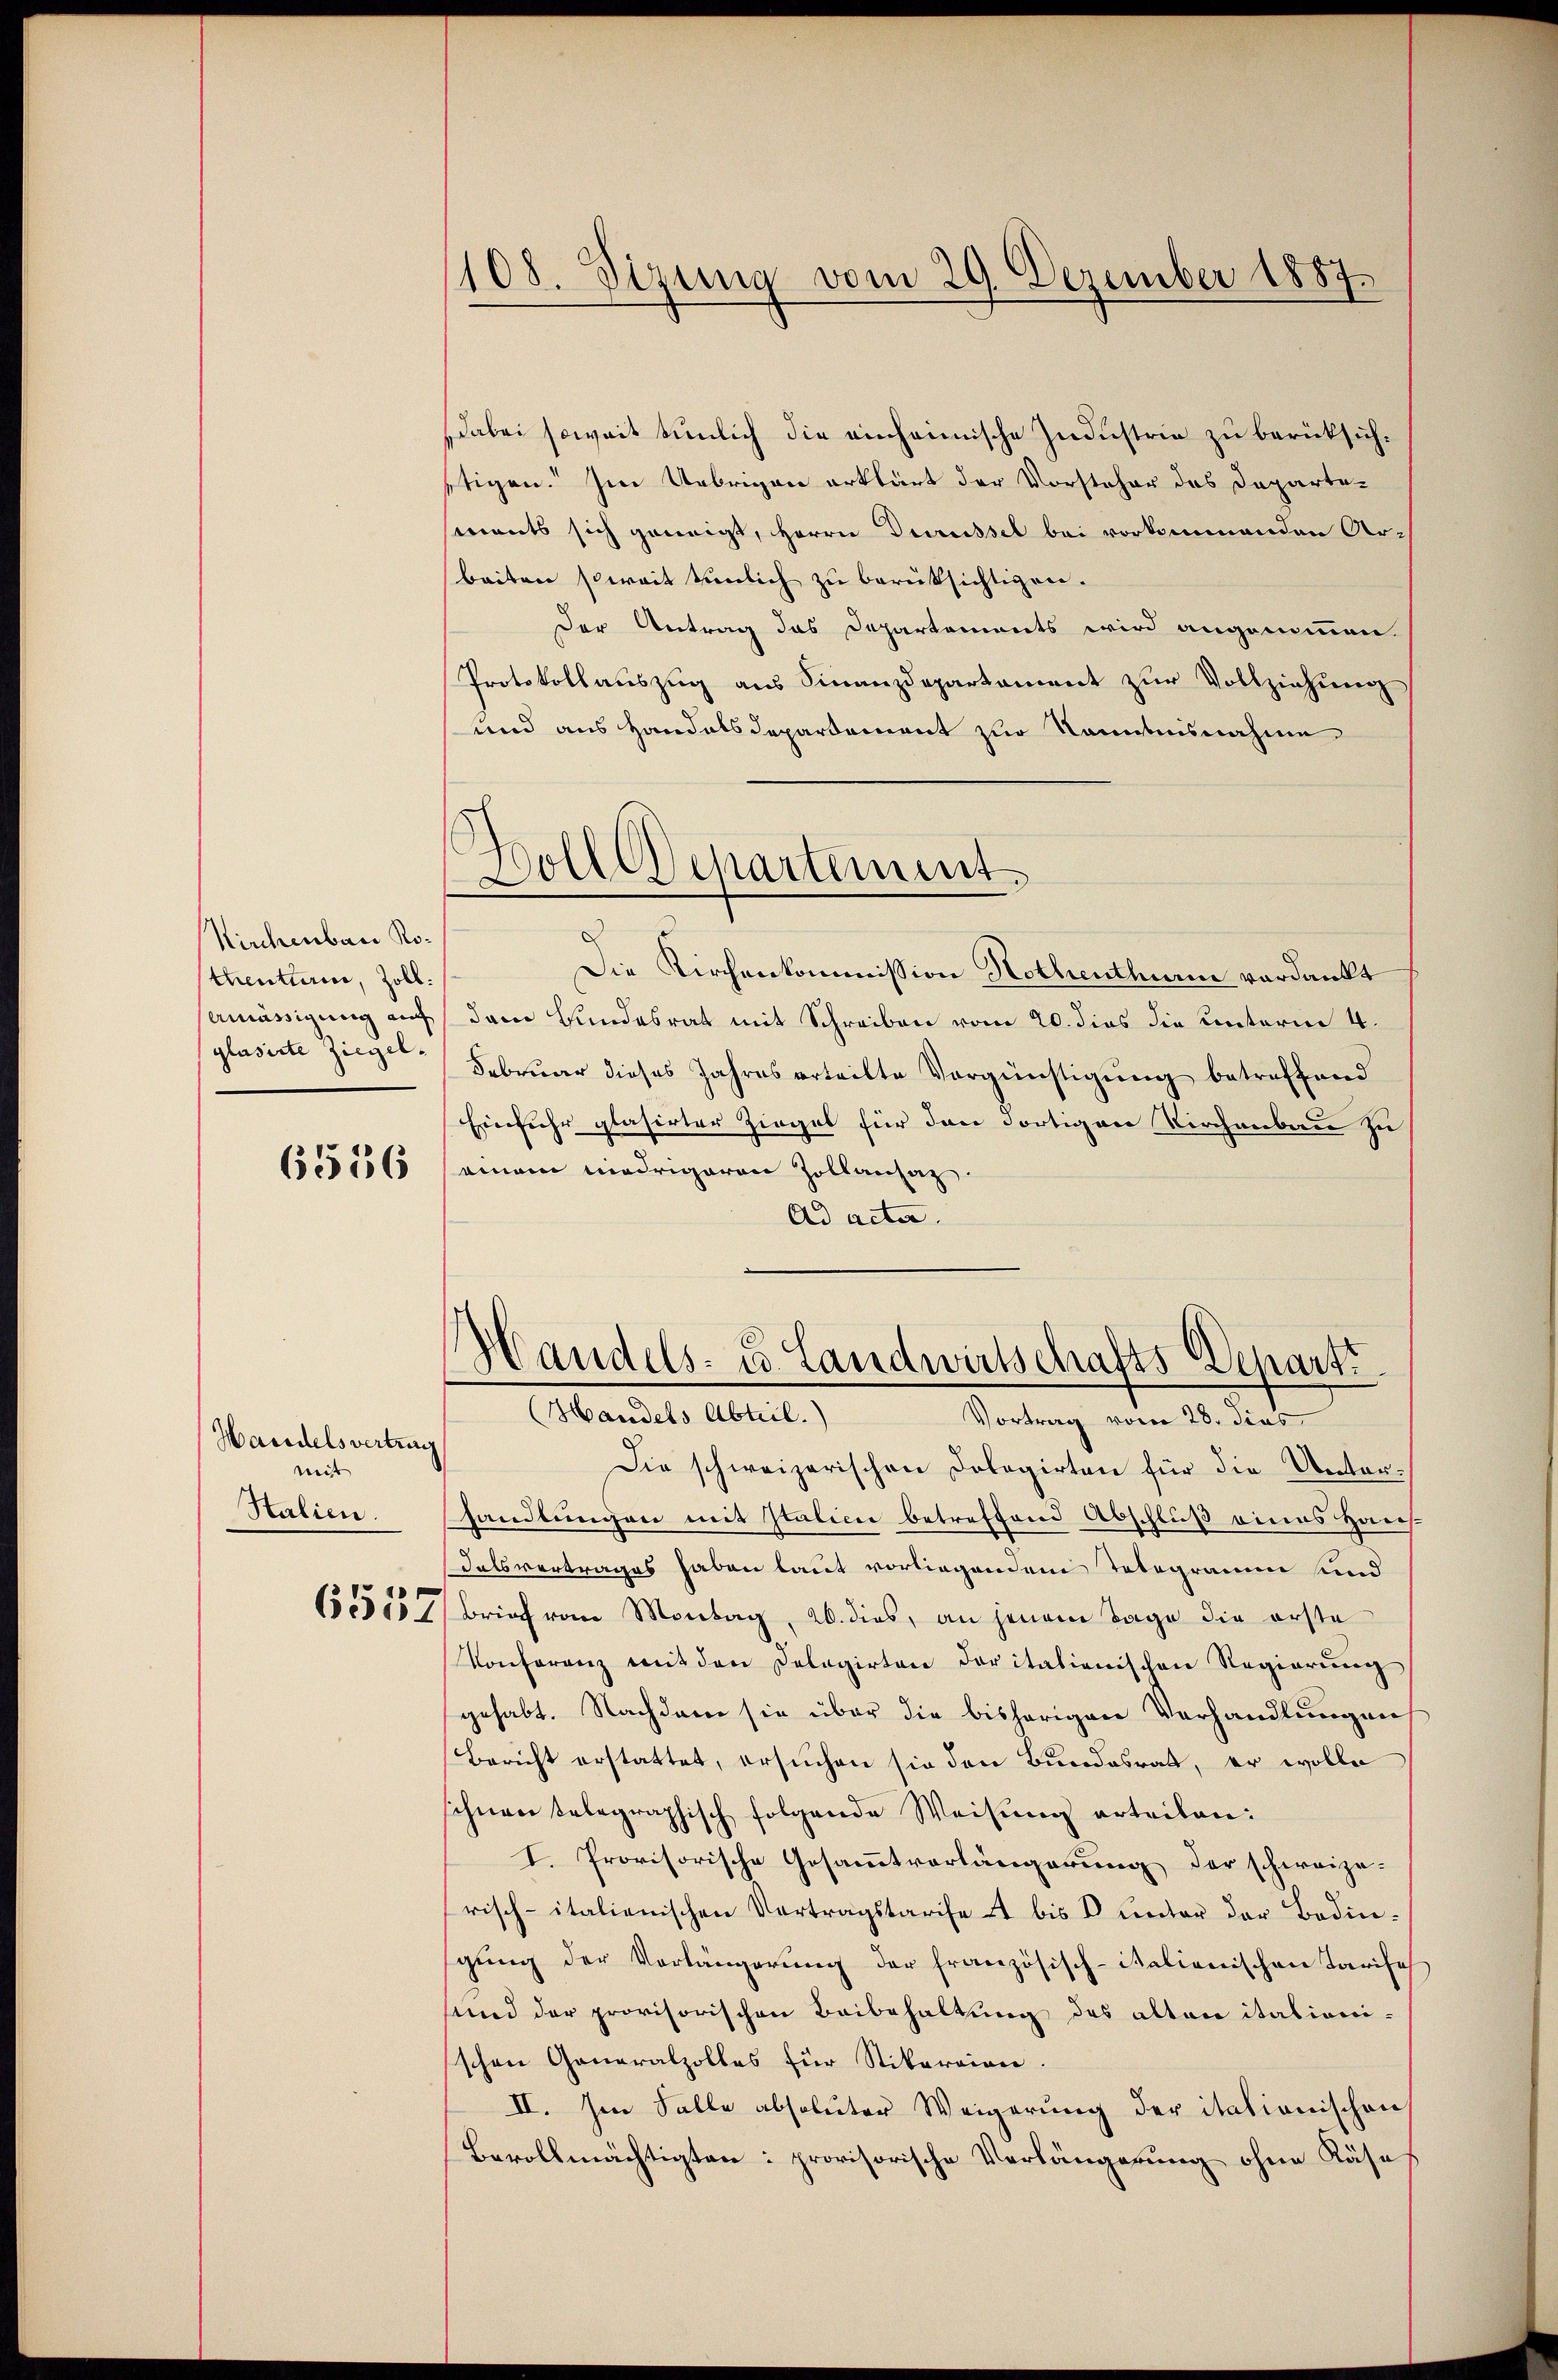
Kirchenbar Rothentiren, Zoll.
Amässigung auf
glasirte Ziegel¬

6556

Handelsvertrag
weist
Stalien.

6557

108. Sizung vom 29. Dezember 1887.

dabei soweit simmlich die einheimische Industrie zu berücksichstigen. Im Uebrigen erklärt der Vorsteher des Departements sich geneigt, Herrn Depressel bei vorkommenden Ar-
beiten soweit tunlich zu berüksichtigen.
Der Antrag das Departements wird angenommen.
Protokollauszug aus Finanzdepartament zur Vollziehung
und aus Handelsdepartement zur Kenntnisnahme
d
Die Kirchenkommission Nothenthur verdankt
dam Bundesrat mit Schreiben vom 20. dies die unterm 4.
Februar dieses Jahres erteilte Vergünstigung betreffend
Einfuhr glasirter Zieges für den dortigen Kirchenbau zu
seinem niedrigeren Zollansaz
Ad acta.
Handels- u. Landwirtschafts Departe
Handels Abteil.)
Vortrag vom 28. dies
Die schweizerischen Dolegirten für die Unterhandlungen mit Italici betreffend Abschluß biens Haus
dalsvertrages haben laut vorliegendem Telegramm und
Brief vom Montag, 20. dies, an jenem Tage die erste
Konferenz mit den Delegirten daritationischen Regierung
gehabt. Nachdem sie über die bisherigen Verhandlungen
Bericht erstattet, ersuchen sie den Bundesrat, er wolle
schnen telegraphisch folgende Weisung erteilen:
I. Provisorische Gesammtvorlängerung der schweize-
risch-italienischen Vertragstarife u bis V unter der Bedin-
gŭng der Vorlängerŭng der französisch-italienischen Tarife
sund der provisorischen Beibehaltung des alten italionischen Generalzolles für Stikareien.
II. Im Falle absoluter Weigerung der itationischen
Bevollmächtigten: provisorische Verlängerung ohne Käse

6
Doll Separtement